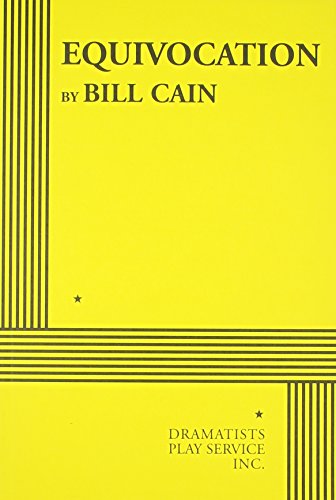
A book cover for Equivocation; Bill Cain; Humor & Entertainment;